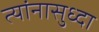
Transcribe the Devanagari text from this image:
त्यांनासुध्दा